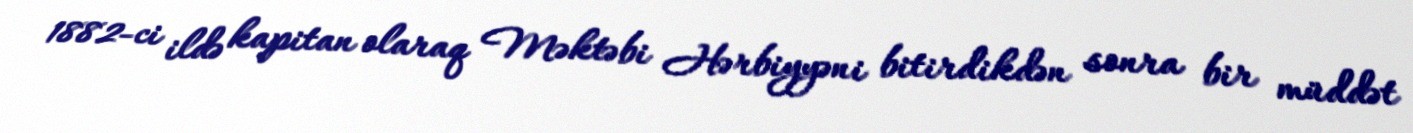
1882-ci ildə kapitan olaraq Məktəbi Hərbiyyəni bitirdikdən sonra bir müddət